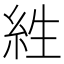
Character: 𰫡